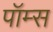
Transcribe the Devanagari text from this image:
पॉम्स